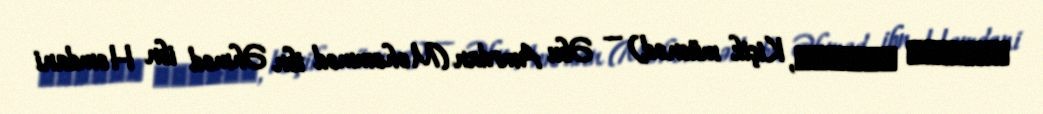
المسند الصغير, Kiçik müsnəd) — Əbu Amrdan (Məhəmməd ibn Əhməd ibn Həmdani